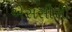
એસસીસી